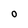
Character: O